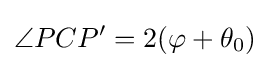
\angle PCP'=2(\varphi +\theta _{0})